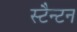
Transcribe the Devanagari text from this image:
स्टैन्टन